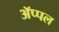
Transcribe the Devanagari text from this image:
ॲप्पल